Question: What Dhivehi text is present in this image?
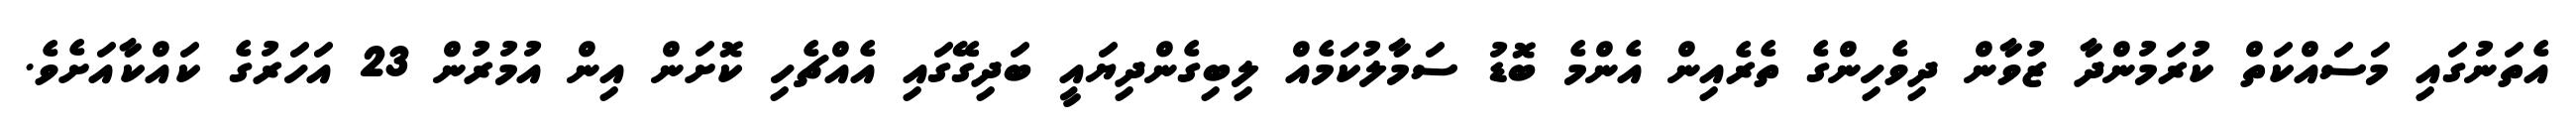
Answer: އެތަނުގައި މަސައްކަތް ކުރަމުންދާ ޒުވާން ދިވެހިންގެ ތެރެއިން އެންމެ ބޮޑު ސަމާލުކަމެއް ލިބިގެންދިޔައީ ބަދިގޭގައި އެއްޗެހި ކޮށަން އިން އުމުރުން 23 އަހަރުގެ ކައްކާއަށެވެ.